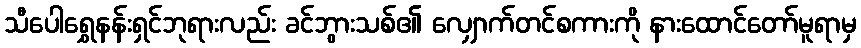
သီပေါရွှေနန်းရှင်ဘုရားလည်း ခင်ဘွားသစ်၏ လျှောက်တင်စကားကို နားထောင်တော်မူရာမှ